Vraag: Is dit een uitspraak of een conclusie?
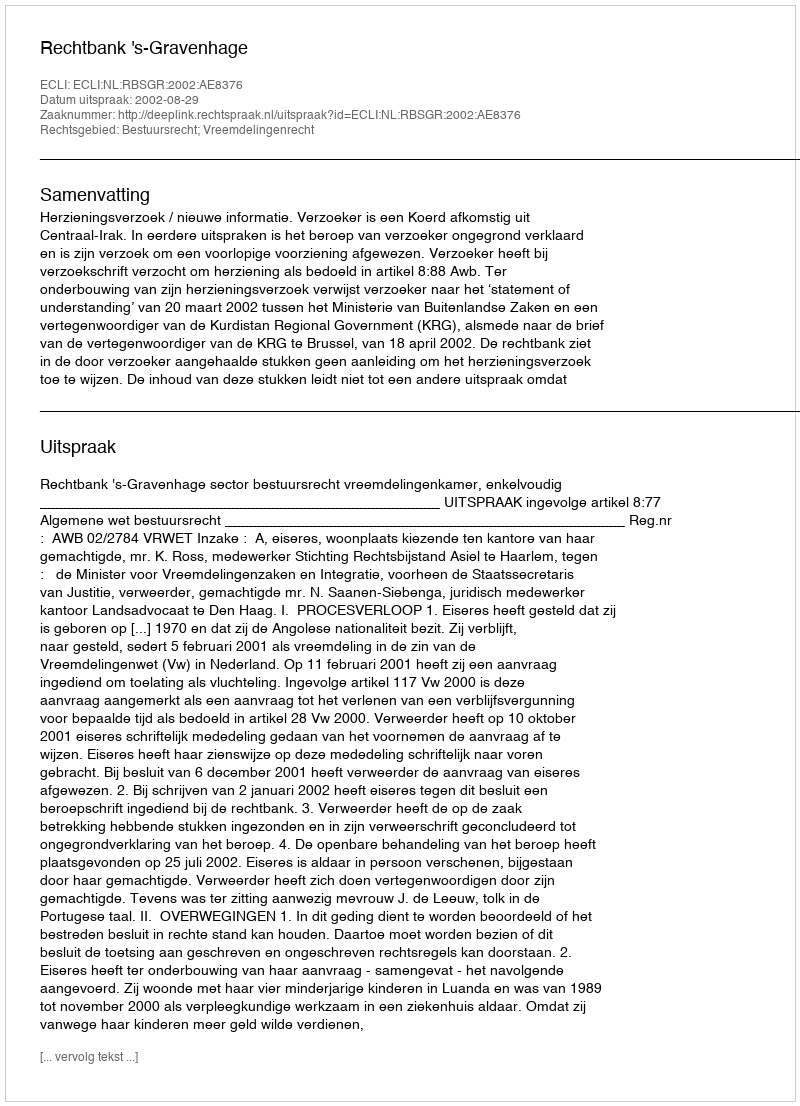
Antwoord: Uitspraak